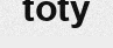
toty